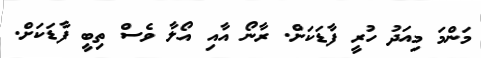
މަންމަ މިއަދު ހުރީ ފާޑަކަށް. ރާނޯ އާއި އޯލާ ވެސް ތިބީ ފާޑަކަށް.